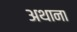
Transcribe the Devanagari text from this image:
अथाना